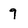
Character: 9